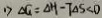
1 ) \Delta G = \Delta H - T \Delta S < 0